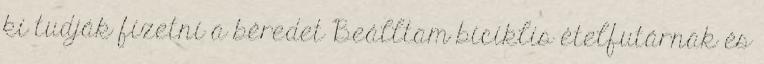
ki tudják fizetni a béredet Beálltam biciklis ételfutárnak és